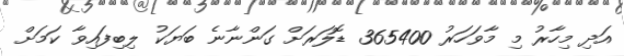
އަދި މިހާރު މި މާވަހަރު 365400 ޑޮލަރަށް ގަންނާނެ ބަޔަކު ލިބިފައިވާ ކަމަށް